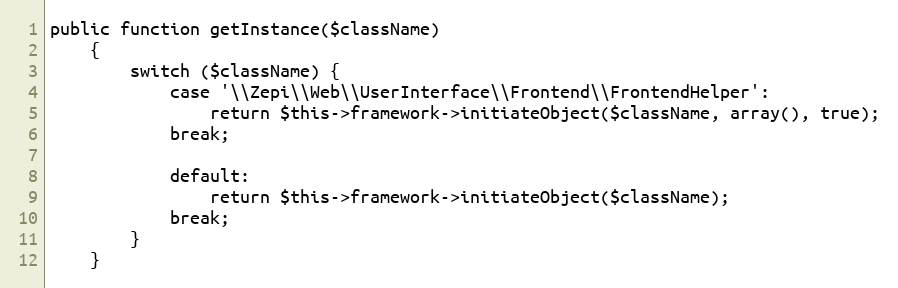
Language: PHP
public function getInstance($className)
    {
        switch ($className) {
            case '\\Zepi\\Web\\UserInterface\\Frontend\\FrontendHelper':
                return $this->framework->initiateObject($className, array(), true);
            break;

            default:
                return $this->framework->initiateObject($className);
            break;
        }
    }